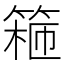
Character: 篐